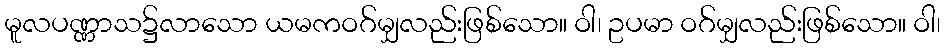
မူလပဏ္ဏာသ၌လာသော ယမကဝဂ်မျှလည်းဖြစ်သော။ ဝါ၊ ဥပမာ ဝဂ်မျှလည်းဖြစ်သော။ ဝါ၊